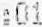
:01